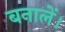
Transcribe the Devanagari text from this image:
बनालें।